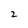
Character: 2